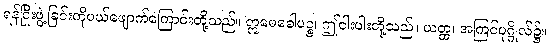
ရန်ငြိုးဖွဲ့ခြင်းကိုပယ်ဖျောက်ကြောင်းတို့သည်။ ဣမေခေါပဉ္စ၊ ဤငါးပါးတို့သည်။ ယတ္ထ၊ အကြင်ပုဂ္ဂိုလ်၌။